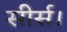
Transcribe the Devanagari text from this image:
सीर्स।